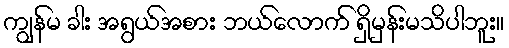
ကျွန်မ ခါး အရွယ်အစား ဘယ်လောက် ရှိမှန်းမသိပါဘူး။